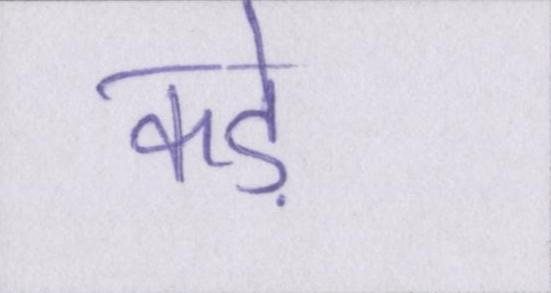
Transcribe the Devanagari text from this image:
कड़े